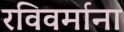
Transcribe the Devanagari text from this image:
रविवर्माना